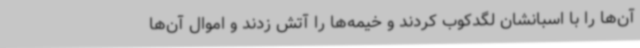
آن‌ها را با اسبانشان لگدکوب کردند و خیمه‌ها را آتش زدند و اموال آن‌ها